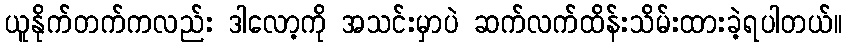
ယူနိုက်တက်ကလည်း ဒါလော့ကို အသင်းမှာပဲ ဆက်လက်ထိန်းသိမ်းထားခဲ့ရပါတယ်။